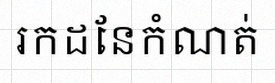
រកដែនកំណត់